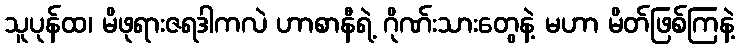
သူပုန်ထ၊ မိဖုရားဇရဒါကလဲ ဟာစာနီရဲ့ ဂိုဏ်းသားတွေနဲ့ မဟာ မိတ်ဖြစ်ကြနဲ့